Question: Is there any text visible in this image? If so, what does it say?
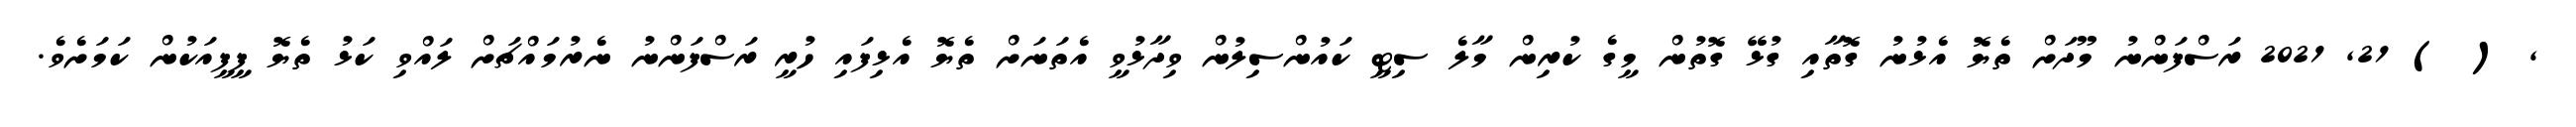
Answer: , ( ) 21, 2021 ރަސްފަންނު މޫދަށް ތެޔޮ އެޅުނު ގޮތާއި ގުޅޭ ގޮތުން މީގެ ކުރިން މާލެ ސިޓީ ކައުންސިލުން ވިދާޅުވީ އެތަނަށް ތެޔޮ އެޅިފައި ހުރީ ރަސްފަންނު ނެރުމައްޗަށް ލައްވި ކަޅު ތެޔޮ ފީފީއަކުން ކަމަށެވެ.